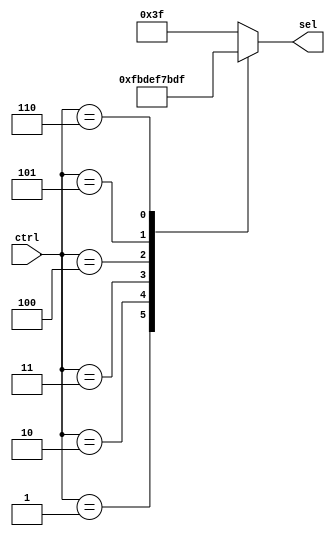
module DIG_decoder(ctrl,sel);
    input [2:0] ctrl;
    output reg [5:0] sel; 
    //
    always @ (ctrl)
        case (ctrl)
            3'd1 : sel = 6'b111110;
            3'd2 : sel = 6'b111101;
            3'd3 : sel = 6'b111011;
            3'd4 : sel = 6'b110111;
            3'd5 : sel = 6'b101111;
            3'd6 : sel = 6'b011111;
            default : sel = 6'b111111;
        endcase
endmodule